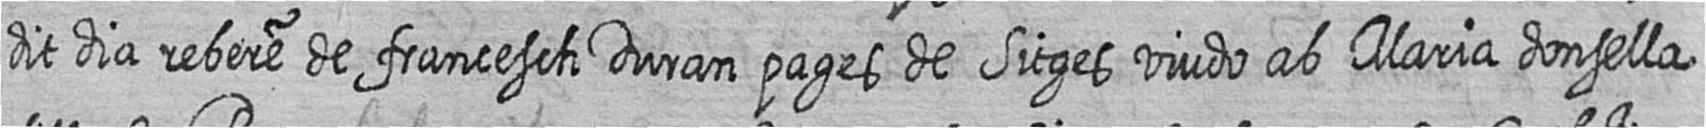
dit dia rebere de francesch Duran pages de Sitges viudo ab Maria donsella